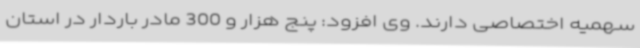
سهمیه اختصاصی دارند. وی افزود: پنج هزار و 300 مادر باردار در استان